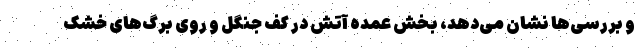
و بررسی‌ها نشان می‌دهد، بخش عمده آتش در کف جنگل و روی برگ‌های خشک